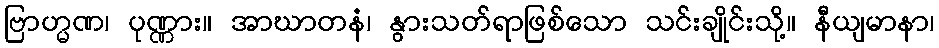
ဗြာဟ္မဏ၊ ပုဏ္ဏား။ အာဃာတနံ၊ နွားသတ်ရာဖြစ်သော သင်းချိုင်းသို့။ နီယျမာနာ၊